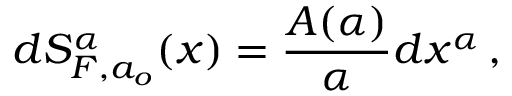
d S _ { F , a _ { o } } ^ { \alpha } ( x ) = \frac { A ( \alpha ) } { \alpha } d x ^ { \alpha } \, ,